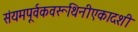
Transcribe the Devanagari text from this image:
संयमपूर्वकवरूथिनीएकादशी